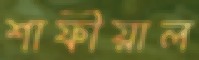
শাফীয়াল